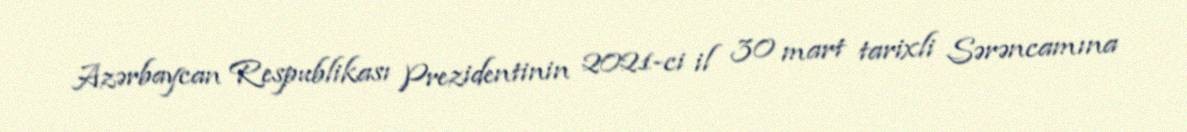
Azərbaycan Respublikası Prezidentinin 2021-ci il 30 mart tarixli Sərəncamına